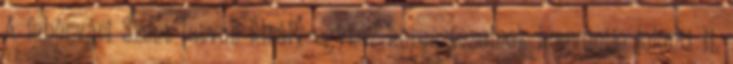
A fehérvári Szent István király-egyház kereszteseinek konventje jelenti II.